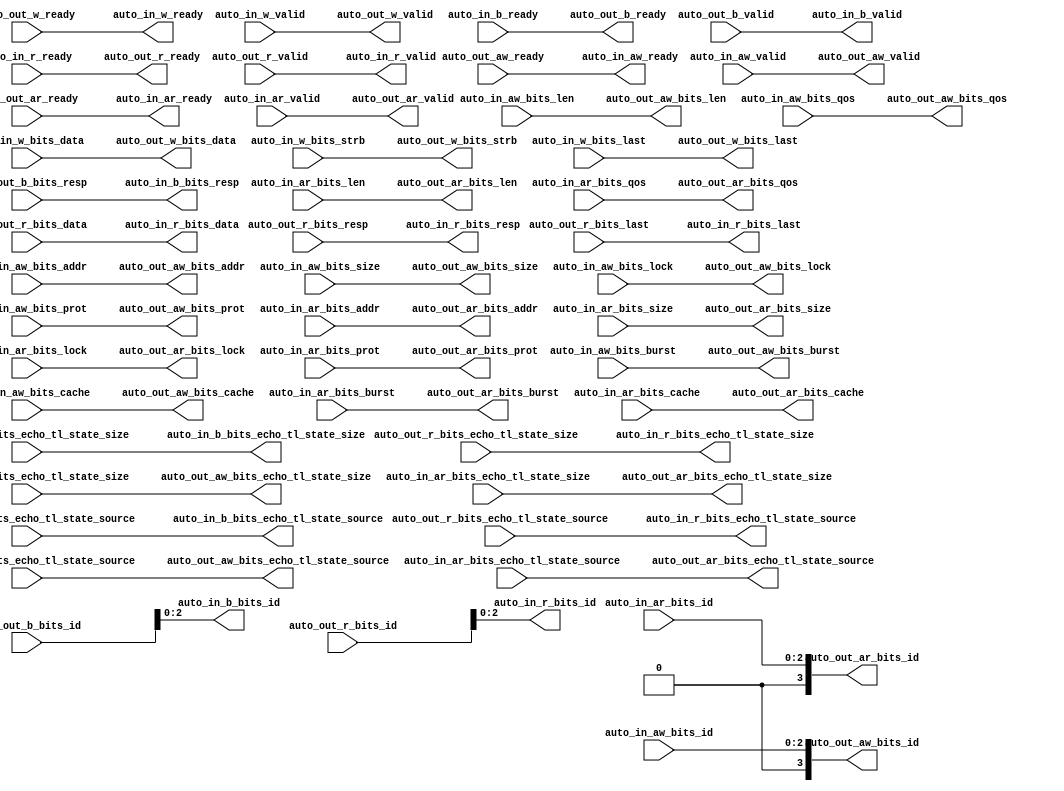
module AXI4IdIndexer( // @[:freechips.rocketchip.system.DefaultRV32Config.fir@25108.2]
  output        auto_in_aw_ready, // @[:freechips.rocketchip.system.DefaultRV32Config.fir@25111.4]
  input         auto_in_aw_valid, // @[:freechips.rocketchip.system.DefaultRV32Config.fir@25111.4]
  input  [2:0]  auto_in_aw_bits_id, // @[:freechips.rocketchip.system.DefaultRV32Config.fir@25111.4]
  input  [30:0] auto_in_aw_bits_addr, // @[:freechips.rocketchip.system.DefaultRV32Config.fir@25111.4]
  input  [7:0]  auto_in_aw_bits_len, // @[:freechips.rocketchip.system.DefaultRV32Config.fir@25111.4]
  input  [2:0]  auto_in_aw_bits_size, // @[:freechips.rocketchip.system.DefaultRV32Config.fir@25111.4]
  input  [1:0]  auto_in_aw_bits_burst, // @[:freechips.rocketchip.system.DefaultRV32Config.fir@25111.4]
  input         auto_in_aw_bits_lock, // @[:freechips.rocketchip.system.DefaultRV32Config.fir@25111.4]
  input  [3:0]  auto_in_aw_bits_cache, // @[:freechips.rocketchip.system.DefaultRV32Config.fir@25111.4]
  input  [2:0]  auto_in_aw_bits_prot, // @[:freechips.rocketchip.system.DefaultRV32Config.fir@25111.4]
  input  [3:0]  auto_in_aw_bits_qos, // @[:freechips.rocketchip.system.DefaultRV32Config.fir@25111.4]
  input  [3:0]  auto_in_aw_bits_echo_tl_state_size, // @[:freechips.rocketchip.system.DefaultRV32Config.fir@25111.4]
  input  [4:0]  auto_in_aw_bits_echo_tl_state_source, // @[:freechips.rocketchip.system.DefaultRV32Config.fir@25111.4]
  output        auto_in_w_ready, // @[:freechips.rocketchip.system.DefaultRV32Config.fir@25111.4]
  input         auto_in_w_valid, // @[:freechips.rocketchip.system.DefaultRV32Config.fir@25111.4]
  input  [31:0] auto_in_w_bits_data, // @[:freechips.rocketchip.system.DefaultRV32Config.fir@25111.4]
  input  [3:0]  auto_in_w_bits_strb, // @[:freechips.rocketchip.system.DefaultRV32Config.fir@25111.4]
  input         auto_in_w_bits_last, // @[:freechips.rocketchip.system.DefaultRV32Config.fir@25111.4]
  input         auto_in_b_ready, // @[:freechips.rocketchip.system.DefaultRV32Config.fir@25111.4]
  output        auto_in_b_valid, // @[:freechips.rocketchip.system.DefaultRV32Config.fir@25111.4]
  output [2:0]  auto_in_b_bits_id, // @[:freechips.rocketchip.system.DefaultRV32Config.fir@25111.4]
  output [1:0]  auto_in_b_bits_resp, // @[:freechips.rocketchip.system.DefaultRV32Config.fir@25111.4]
  output [3:0]  auto_in_b_bits_echo_tl_state_size, // @[:freechips.rocketchip.system.DefaultRV32Config.fir@25111.4]
  output [4:0]  auto_in_b_bits_echo_tl_state_source, // @[:freechips.rocketchip.system.DefaultRV32Config.fir@25111.4]
  output        auto_in_ar_ready, // @[:freechips.rocketchip.system.DefaultRV32Config.fir@25111.4]
  input         auto_in_ar_valid, // @[:freechips.rocketchip.system.DefaultRV32Config.fir@25111.4]
  input  [2:0]  auto_in_ar_bits_id, // @[:freechips.rocketchip.system.DefaultRV32Config.fir@25111.4]
  input  [30:0] auto_in_ar_bits_addr, // @[:freechips.rocketchip.system.DefaultRV32Config.fir@25111.4]
  input  [7:0]  auto_in_ar_bits_len, // @[:freechips.rocketchip.system.DefaultRV32Config.fir@25111.4]
  input  [2:0]  auto_in_ar_bits_size, // @[:freechips.rocketchip.system.DefaultRV32Config.fir@25111.4]
  input  [1:0]  auto_in_ar_bits_burst, // @[:freechips.rocketchip.system.DefaultRV32Config.fir@25111.4]
  input         auto_in_ar_bits_lock, // @[:freechips.rocketchip.system.DefaultRV32Config.fir@25111.4]
  input  [3:0]  auto_in_ar_bits_cache, // @[:freechips.rocketchip.system.DefaultRV32Config.fir@25111.4]
  input  [2:0]  auto_in_ar_bits_prot, // @[:freechips.rocketchip.system.DefaultRV32Config.fir@25111.4]
  input  [3:0]  auto_in_ar_bits_qos, // @[:freechips.rocketchip.system.DefaultRV32Config.fir@25111.4]
  input  [3:0]  auto_in_ar_bits_echo_tl_state_size, // @[:freechips.rocketchip.system.DefaultRV32Config.fir@25111.4]
  input  [4:0]  auto_in_ar_bits_echo_tl_state_source, // @[:freechips.rocketchip.system.DefaultRV32Config.fir@25111.4]
  input         auto_in_r_ready, // @[:freechips.rocketchip.system.DefaultRV32Config.fir@25111.4]
  output        auto_in_r_valid, // @[:freechips.rocketchip.system.DefaultRV32Config.fir@25111.4]
  output [2:0]  auto_in_r_bits_id, // @[:freechips.rocketchip.system.DefaultRV32Config.fir@25111.4]
  output [31:0] auto_in_r_bits_data, // @[:freechips.rocketchip.system.DefaultRV32Config.fir@25111.4]
  output [1:0]  auto_in_r_bits_resp, // @[:freechips.rocketchip.system.DefaultRV32Config.fir@25111.4]
  output [3:0]  auto_in_r_bits_echo_tl_state_size, // @[:freechips.rocketchip.system.DefaultRV32Config.fir@25111.4]
  output [4:0]  auto_in_r_bits_echo_tl_state_source, // @[:freechips.rocketchip.system.DefaultRV32Config.fir@25111.4]
  output        auto_in_r_bits_last, // @[:freechips.rocketchip.system.DefaultRV32Config.fir@25111.4]
  input         auto_out_aw_ready, // @[:freechips.rocketchip.system.DefaultRV32Config.fir@25111.4]
  output        auto_out_aw_valid, // @[:freechips.rocketchip.system.DefaultRV32Config.fir@25111.4]
  output [3:0]  auto_out_aw_bits_id, // @[:freechips.rocketchip.system.DefaultRV32Config.fir@25111.4]
  output [30:0] auto_out_aw_bits_addr, // @[:freechips.rocketchip.system.DefaultRV32Config.fir@25111.4]
  output [7:0]  auto_out_aw_bits_len, // @[:freechips.rocketchip.system.DefaultRV32Config.fir@25111.4]
  output [2:0]  auto_out_aw_bits_size, // @[:freechips.rocketchip.system.DefaultRV32Config.fir@25111.4]
  output [1:0]  auto_out_aw_bits_burst, // @[:freechips.rocketchip.system.DefaultRV32Config.fir@25111.4]
  output        auto_out_aw_bits_lock, // @[:freechips.rocketchip.system.DefaultRV32Config.fir@25111.4]
  output [3:0]  auto_out_aw_bits_cache, // @[:freechips.rocketchip.system.DefaultRV32Config.fir@25111.4]
  output [2:0]  auto_out_aw_bits_prot, // @[:freechips.rocketchip.system.DefaultRV32Config.fir@25111.4]
  output [3:0]  auto_out_aw_bits_qos, // @[:freechips.rocketchip.system.DefaultRV32Config.fir@25111.4]
  output [3:0]  auto_out_aw_bits_echo_tl_state_size, // @[:freechips.rocketchip.system.DefaultRV32Config.fir@25111.4]
  output [4:0]  auto_out_aw_bits_echo_tl_state_source, // @[:freechips.rocketchip.system.DefaultRV32Config.fir@25111.4]
  input         auto_out_w_ready, // @[:freechips.rocketchip.system.DefaultRV32Config.fir@25111.4]
  output        auto_out_w_valid, // @[:freechips.rocketchip.system.DefaultRV32Config.fir@25111.4]
  output [31:0] auto_out_w_bits_data, // @[:freechips.rocketchip.system.DefaultRV32Config.fir@25111.4]
  output [3:0]  auto_out_w_bits_strb, // @[:freechips.rocketchip.system.DefaultRV32Config.fir@25111.4]
  output        auto_out_w_bits_last, // @[:freechips.rocketchip.system.DefaultRV32Config.fir@25111.4]
  output        auto_out_b_ready, // @[:freechips.rocketchip.system.DefaultRV32Config.fir@25111.4]
  input         auto_out_b_valid, // @[:freechips.rocketchip.system.DefaultRV32Config.fir@25111.4]
  input  [3:0]  auto_out_b_bits_id, // @[:freechips.rocketchip.system.DefaultRV32Config.fir@25111.4]
  input  [1:0]  auto_out_b_bits_resp, // @[:freechips.rocketchip.system.DefaultRV32Config.fir@25111.4]
  input  [3:0]  auto_out_b_bits_echo_tl_state_size, // @[:freechips.rocketchip.system.DefaultRV32Config.fir@25111.4]
  input  [4:0]  auto_out_b_bits_echo_tl_state_source, // @[:freechips.rocketchip.system.DefaultRV32Config.fir@25111.4]
  input         auto_out_ar_ready, // @[:freechips.rocketchip.system.DefaultRV32Config.fir@25111.4]
  output        auto_out_ar_valid, // @[:freechips.rocketchip.system.DefaultRV32Config.fir@25111.4]
  output [3:0]  auto_out_ar_bits_id, // @[:freechips.rocketchip.system.DefaultRV32Config.fir@25111.4]
  output [30:0] auto_out_ar_bits_addr, // @[:freechips.rocketchip.system.DefaultRV32Config.fir@25111.4]
  output [7:0]  auto_out_ar_bits_len, // @[:freechips.rocketchip.system.DefaultRV32Config.fir@25111.4]
  output [2:0]  auto_out_ar_bits_size, // @[:freechips.rocketchip.system.DefaultRV32Config.fir@25111.4]
  output [1:0]  auto_out_ar_bits_burst, // @[:freechips.rocketchip.system.DefaultRV32Config.fir@25111.4]
  output        auto_out_ar_bits_lock, // @[:freechips.rocketchip.system.DefaultRV32Config.fir@25111.4]
  output [3:0]  auto_out_ar_bits_cache, // @[:freechips.rocketchip.system.DefaultRV32Config.fir@25111.4]
  output [2:0]  auto_out_ar_bits_prot, // @[:freechips.rocketchip.system.DefaultRV32Config.fir@25111.4]
  output [3:0]  auto_out_ar_bits_qos, // @[:freechips.rocketchip.system.DefaultRV32Config.fir@25111.4]
  output [3:0]  auto_out_ar_bits_echo_tl_state_size, // @[:freechips.rocketchip.system.DefaultRV32Config.fir@25111.4]
  output [4:0]  auto_out_ar_bits_echo_tl_state_source, // @[:freechips.rocketchip.system.DefaultRV32Config.fir@25111.4]
  output        auto_out_r_ready, // @[:freechips.rocketchip.system.DefaultRV32Config.fir@25111.4]
  input         auto_out_r_valid, // @[:freechips.rocketchip.system.DefaultRV32Config.fir@25111.4]
  input  [3:0]  auto_out_r_bits_id, // @[:freechips.rocketchip.system.DefaultRV32Config.fir@25111.4]
  input  [31:0] auto_out_r_bits_data, // @[:freechips.rocketchip.system.DefaultRV32Config.fir@25111.4]
  input  [1:0]  auto_out_r_bits_resp, // @[:freechips.rocketchip.system.DefaultRV32Config.fir@25111.4]
  input  [3:0]  auto_out_r_bits_echo_tl_state_size, // @[:freechips.rocketchip.system.DefaultRV32Config.fir@25111.4]
  input  [4:0]  auto_out_r_bits_echo_tl_state_source, // @[:freechips.rocketchip.system.DefaultRV32Config.fir@25111.4]
  input         auto_out_r_bits_last // @[:freechips.rocketchip.system.DefaultRV32Config.fir@25111.4]
);
  assign auto_in_aw_ready = auto_out_aw_ready; // @[LazyModule.scala 303:16:freechips.rocketchip.system.DefaultRV32Config.fir@25121.4]
  assign auto_in_w_ready = auto_out_w_ready; // @[LazyModule.scala 303:16:freechips.rocketchip.system.DefaultRV32Config.fir@25121.4]
  assign auto_in_b_valid = auto_out_b_valid; // @[LazyModule.scala 303:16:freechips.rocketchip.system.DefaultRV32Config.fir@25121.4]
  assign auto_in_b_bits_id = auto_out_b_bits_id[2:0]; // @[LazyModule.scala 303:16:freechips.rocketchip.system.DefaultRV32Config.fir@25121.4]
  assign auto_in_b_bits_resp = auto_out_b_bits_resp; // @[LazyModule.scala 303:16:freechips.rocketchip.system.DefaultRV32Config.fir@25121.4]
  assign auto_in_b_bits_echo_tl_state_size = auto_out_b_bits_echo_tl_state_size; // @[LazyModule.scala 303:16:freechips.rocketchip.system.DefaultRV32Config.fir@25121.4]
  assign auto_in_b_bits_echo_tl_state_source = auto_out_b_bits_echo_tl_state_source; // @[LazyModule.scala 303:16:freechips.rocketchip.system.DefaultRV32Config.fir@25121.4]
  assign auto_in_ar_ready = auto_out_ar_ready; // @[LazyModule.scala 303:16:freechips.rocketchip.system.DefaultRV32Config.fir@25121.4]
  assign auto_in_r_valid = auto_out_r_valid; // @[LazyModule.scala 303:16:freechips.rocketchip.system.DefaultRV32Config.fir@25121.4]
  assign auto_in_r_bits_id = auto_out_r_bits_id[2:0]; // @[LazyModule.scala 303:16:freechips.rocketchip.system.DefaultRV32Config.fir@25121.4]
  assign auto_in_r_bits_data = auto_out_r_bits_data; // @[LazyModule.scala 303:16:freechips.rocketchip.system.DefaultRV32Config.fir@25121.4]
  assign auto_in_r_bits_resp = auto_out_r_bits_resp; // @[LazyModule.scala 303:16:freechips.rocketchip.system.DefaultRV32Config.fir@25121.4]
  assign auto_in_r_bits_echo_tl_state_size = auto_out_r_bits_echo_tl_state_size; // @[LazyModule.scala 303:16:freechips.rocketchip.system.DefaultRV32Config.fir@25121.4]
  assign auto_in_r_bits_echo_tl_state_source = auto_out_r_bits_echo_tl_state_source; // @[LazyModule.scala 303:16:freechips.rocketchip.system.DefaultRV32Config.fir@25121.4]
  assign auto_in_r_bits_last = auto_out_r_bits_last; // @[LazyModule.scala 303:16:freechips.rocketchip.system.DefaultRV32Config.fir@25121.4]
  assign auto_out_aw_valid = auto_in_aw_valid; // @[LazyModule.scala 305:12:freechips.rocketchip.system.DefaultRV32Config.fir@25120.4]
  assign auto_out_aw_bits_id = {{1'd0}, auto_in_aw_bits_id}; // @[LazyModule.scala 305:12:freechips.rocketchip.system.DefaultRV32Config.fir@25120.4]
  assign auto_out_aw_bits_addr = auto_in_aw_bits_addr; // @[LazyModule.scala 305:12:freechips.rocketchip.system.DefaultRV32Config.fir@25120.4]
  assign auto_out_aw_bits_len = auto_in_aw_bits_len; // @[LazyModule.scala 305:12:freechips.rocketchip.system.DefaultRV32Config.fir@25120.4]
  assign auto_out_aw_bits_size = auto_in_aw_bits_size; // @[LazyModule.scala 305:12:freechips.rocketchip.system.DefaultRV32Config.fir@25120.4]
  assign auto_out_aw_bits_burst = auto_in_aw_bits_burst; // @[LazyModule.scala 305:12:freechips.rocketchip.system.DefaultRV32Config.fir@25120.4]
  assign auto_out_aw_bits_lock = auto_in_aw_bits_lock; // @[LazyModule.scala 305:12:freechips.rocketchip.system.DefaultRV32Config.fir@25120.4]
  assign auto_out_aw_bits_cache = auto_in_aw_bits_cache; // @[LazyModule.scala 305:12:freechips.rocketchip.system.DefaultRV32Config.fir@25120.4]
  assign auto_out_aw_bits_prot = auto_in_aw_bits_prot; // @[LazyModule.scala 305:12:freechips.rocketchip.system.DefaultRV32Config.fir@25120.4]
  assign auto_out_aw_bits_qos = auto_in_aw_bits_qos; // @[LazyModule.scala 305:12:freechips.rocketchip.system.DefaultRV32Config.fir@25120.4]
  assign auto_out_aw_bits_echo_tl_state_size = auto_in_aw_bits_echo_tl_state_size; // @[LazyModule.scala 305:12:freechips.rocketchip.system.DefaultRV32Config.fir@25120.4]
  assign auto_out_aw_bits_echo_tl_state_source = auto_in_aw_bits_echo_tl_state_source; // @[LazyModule.scala 305:12:freechips.rocketchip.system.DefaultRV32Config.fir@25120.4]
  assign auto_out_w_valid = auto_in_w_valid; // @[LazyModule.scala 305:12:freechips.rocketchip.system.DefaultRV32Config.fir@25120.4]
  assign auto_out_w_bits_data = auto_in_w_bits_data; // @[LazyModule.scala 305:12:freechips.rocketchip.system.DefaultRV32Config.fir@25120.4]
  assign auto_out_w_bits_strb = auto_in_w_bits_strb; // @[LazyModule.scala 305:12:freechips.rocketchip.system.DefaultRV32Config.fir@25120.4]
  assign auto_out_w_bits_last = auto_in_w_bits_last; // @[LazyModule.scala 305:12:freechips.rocketchip.system.DefaultRV32Config.fir@25120.4]
  assign auto_out_b_ready = auto_in_b_ready; // @[LazyModule.scala 305:12:freechips.rocketchip.system.DefaultRV32Config.fir@25120.4]
  assign auto_out_ar_valid = auto_in_ar_valid; // @[LazyModule.scala 305:12:freechips.rocketchip.system.DefaultRV32Config.fir@25120.4]
  assign auto_out_ar_bits_id = {{1'd0}, auto_in_ar_bits_id}; // @[LazyModule.scala 305:12:freechips.rocketchip.system.DefaultRV32Config.fir@25120.4]
  assign auto_out_ar_bits_addr = auto_in_ar_bits_addr; // @[LazyModule.scala 305:12:freechips.rocketchip.system.DefaultRV32Config.fir@25120.4]
  assign auto_out_ar_bits_len = auto_in_ar_bits_len; // @[LazyModule.scala 305:12:freechips.rocketchip.system.DefaultRV32Config.fir@25120.4]
  assign auto_out_ar_bits_size = auto_in_ar_bits_size; // @[LazyModule.scala 305:12:freechips.rocketchip.system.DefaultRV32Config.fir@25120.4]
  assign auto_out_ar_bits_burst = auto_in_ar_bits_burst; // @[LazyModule.scala 305:12:freechips.rocketchip.system.DefaultRV32Config.fir@25120.4]
  assign auto_out_ar_bits_lock = auto_in_ar_bits_lock; // @[LazyModule.scala 305:12:freechips.rocketchip.system.DefaultRV32Config.fir@25120.4]
  assign auto_out_ar_bits_cache = auto_in_ar_bits_cache; // @[LazyModule.scala 305:12:freechips.rocketchip.system.DefaultRV32Config.fir@25120.4]
  assign auto_out_ar_bits_prot = auto_in_ar_bits_prot; // @[LazyModule.scala 305:12:freechips.rocketchip.system.DefaultRV32Config.fir@25120.4]
  assign auto_out_ar_bits_qos = auto_in_ar_bits_qos; // @[LazyModule.scala 305:12:freechips.rocketchip.system.DefaultRV32Config.fir@25120.4]
  assign auto_out_ar_bits_echo_tl_state_size = auto_in_ar_bits_echo_tl_state_size; // @[LazyModule.scala 305:12:freechips.rocketchip.system.DefaultRV32Config.fir@25120.4]
  assign auto_out_ar_bits_echo_tl_state_source = auto_in_ar_bits_echo_tl_state_source; // @[LazyModule.scala 305:12:freechips.rocketchip.system.DefaultRV32Config.fir@25120.4]
  assign auto_out_r_ready = auto_in_r_ready; // @[LazyModule.scala 305:12:freechips.rocketchip.system.DefaultRV32Config.fir@25120.4]
endmodule